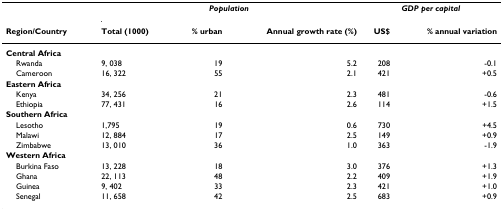
|  | <COLSPAN=3> Population | <COLSPAN=2> GDP per capital |
 | Region/Country | Total (1000) | % urban | Annual growth rate (%) | US$ | % annual variation |
 | --- | --- | --- | --- | --- | --- |
 | Central Africa |  |  |  |  |  |
 | Rwanda | 9, 038 | 19 | 5.2 | 208 | -0.1 |
 | Cameroon | 16, 322 | 55 | 2.1 | 421 | +0.5 |
 | Eastern Africa |  |  |  |  |  |
 | Kenya | 34, 256 | 21 | 2.3 | 481 | -0.6 |
 | Ethiopia | 77, 431 | 16 | 2.6 | 114 | +1.5 |
 | Southern Africa |  |  |  |  |  |
 | Lesotho | 1,795 | 19 | 0.6 | 730 | +4.5 |
 | Malawi | 12, 884 | 17 | 2.5 | 149 | +0.9 |
 | Zimbabwe | 13, 010 | 36 | 1.0 | 363 | -1.9 |
 | Western Africa |  |  |  |  |  |
 | Burkina Faso | 13, 228 | 18 | 3.0 | 376 | +1.3 |
 | Ghana | 22, 113 | 48 | 2.2 | 409 | +1.9 |
 | Guinea | 9, 402 | 33 | 2.3 | 421 | +1.0 |
 | Senegal | 11, 658 | 42 | 2.5 | 683 | +0.9 |